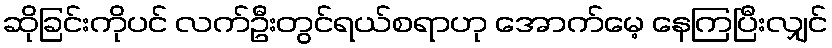
ဆိုခြင်းကိုပင် လက်ဦးတွင်ရယ်စရာဟု အောက်မေ့ နေကြပြီးလျှင်